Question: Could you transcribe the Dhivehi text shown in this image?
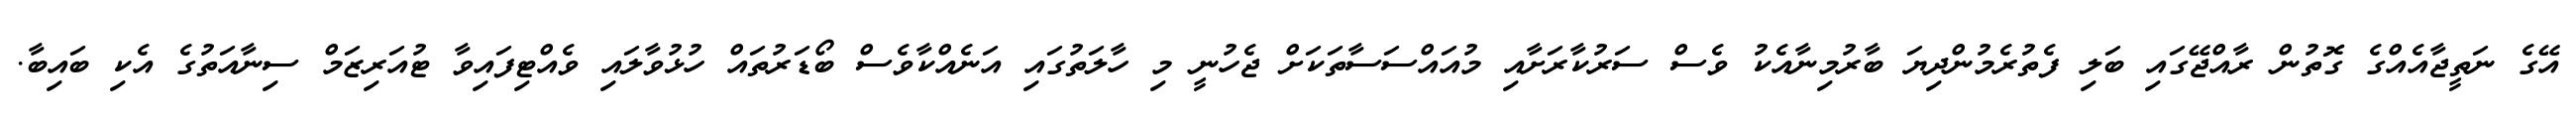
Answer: އޭގެ ނަތީޖާއެއްގެ ގޮތުން ރާއްޖޭގައި ބަލި ފެތުރެމުންދިޔަ ބާރުމިނާއެކު ވެސް ސަރުކާރަށާއި މުއައްސަސާތަކަށް ޖެހުނީ މި ހާލަތުގައި އަނެއްކާވެސް ބޯޑަރުތައް ހުޅުވާލައި ވެއްޓިފައިވާ ޓުއަރިޒަމް ސިނާއަތުގެ އެކި ބައިބާ.